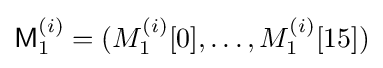
{\textsf {M}}_{1}^{(i)}=(M_{1}^{(i)}[0],\ldots ,M_{1}^{(i)}[15])